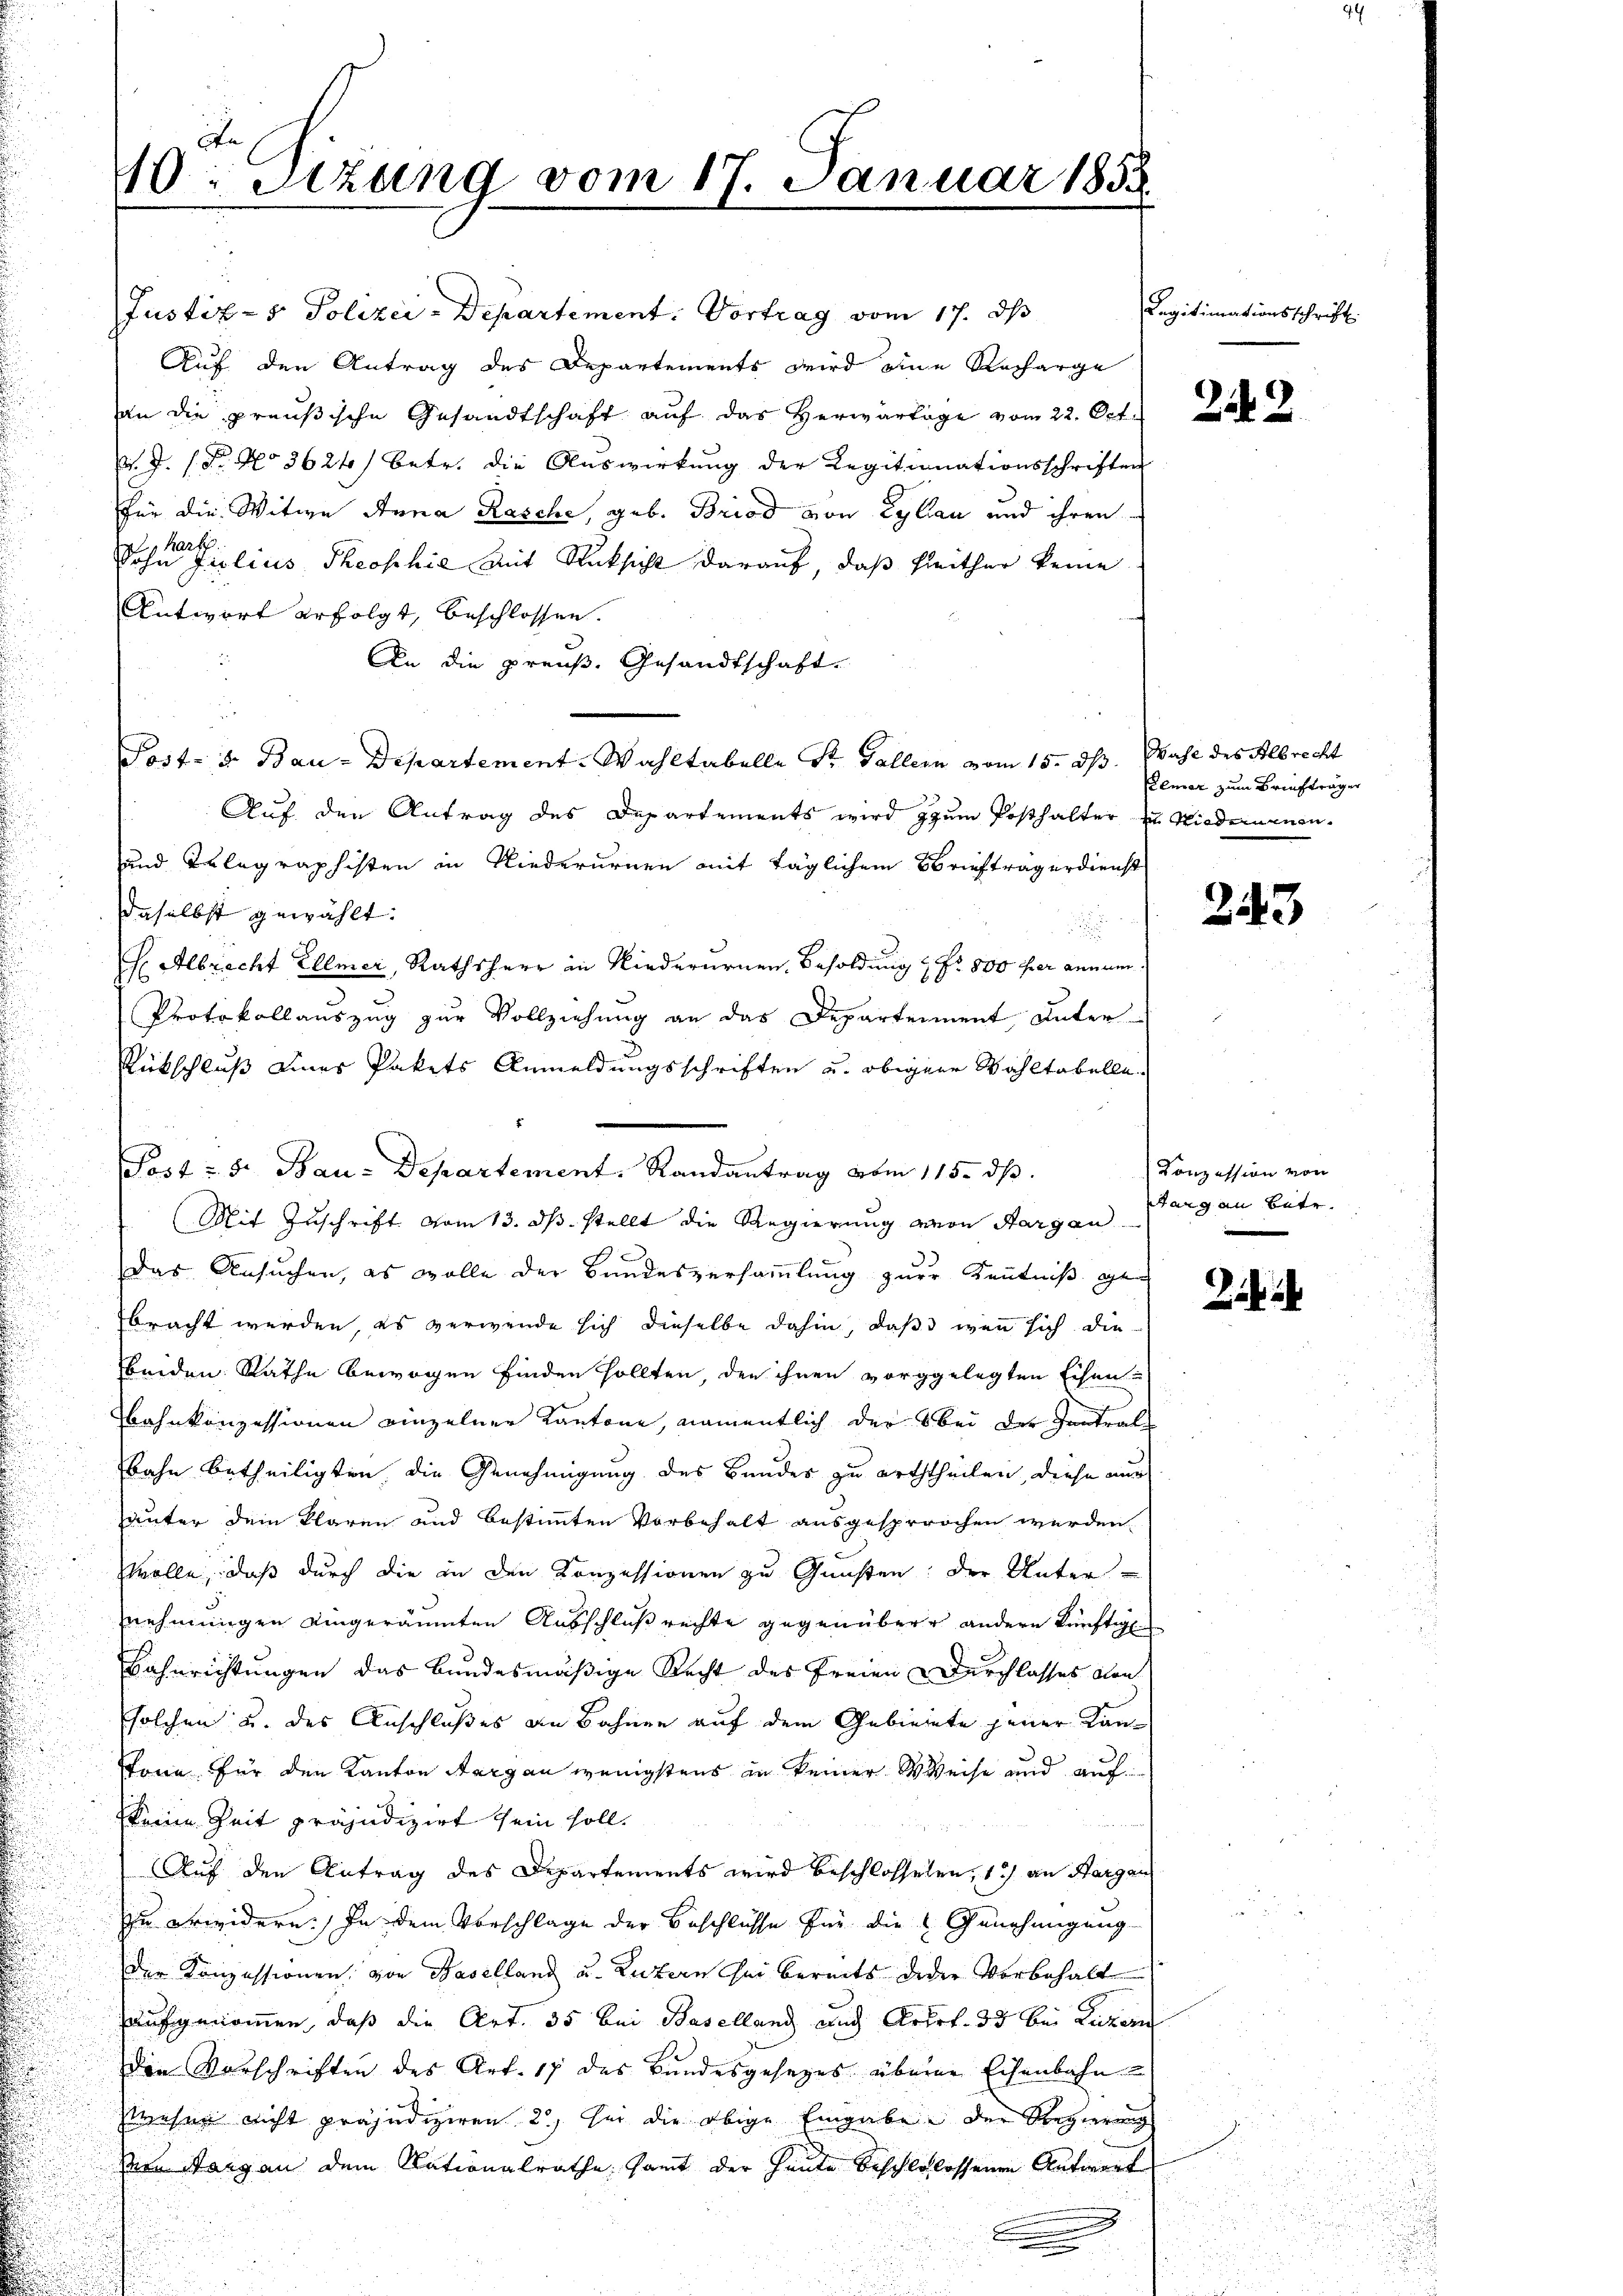
10: Stzung vom 17. Januar 1858.

Justiz- & Polizei-Departement. Vortrag vom 17. ds
Auf den Antrag des Departements wird eine Recharge
an die preußische Gesandtschaft auf das Herwartage vom 22. Oct.
B. J. P. No 3624) betr. die Auswirkung der Regitimationsschriften
für die Witwe Anna Rasche, geb. Briod von Lylian und ihren
Sohne filius Theophie mit Rücksicht darauf, daß Fleither keine
Antwort erfolgt, beschlossen.
An die preuß. Gesandtschaft
Post- u. Bau-Departement. Wahltabelle Sr. Gallern vom 15. ds. Wahl des Albrecht
Auf den Antrag des Departements wird zum Posthalter in Niedenenen
und Telegraphisten in Niederurnen mit täglichem Briefträgerdienst
daselbst gewählt:
 Albrecht Ellmer, Rathsherr in Niederurnen Besoldung & Fr. 800 per annum
Protokollauszug zur Vollziehung an das Departement unter
Rückschluß eines Pakets Anmeldungsschriften u. obiger Wahltabelle¬
Post v. 8. Bau-Departement. Randantrag vom 115. ds.
Mit Zuschrift vom 13. ds. stellt die Regierung von Aargau
das Ansuchen, es wolle der Bundesversammlung zur Kenntniß gebracht werden, es verwende sich dieselbe dahin, daß wenn sich die
Weiden Rathe bewogen finden sollten, den ihnen vorgelegten Eisen-
bahnkonzessionen einzelner Kantone, namentlich der bei der Zentralbahn betheiligten die Genehmigung des Bundes zu erththeilen, diese nur
häuter dem klaren und bestimmten Vorbehalt ausgesprochen werden
wolle, daß durch die in den Konzessionen zu Gunsten der Unter-
nehmungen eingeräumten Ausschluß rechte gegenüber andern künftige
Bahnrichtungen das Bundesmäßige Recht des Freien Durchlasses oben
solchen u. des Anschlußes an Bahnen auf dem Gebierete jener Kantonn für den Kanton Aargau wenigstens in keiner Weise und aufkeine Zeit präjudizirt sein soll.
Auf den Antrag des Departements wird beschlossenen, 1) an Hargau
zu erwidern. In dem Vorschlage der Beschlüsse für die Genehmigung
der Konzessionen, von Baselland u. Luzern sei bereits deder Vorbehalt
haufgenommen, daß die Art. 35 bei Baselland auch Artrt. 33 bei Luzern
Den Vorschriften des Art. 17 des Bundesgesezes überne Eisenbahn
zwesen nicht präjudiziren 2, sei die obige Eingabe der Regierung
Von Margau dem Nationalrathe, samt der heute beschlolossenen Antwort

Legitimationsschrift.

242

Remar zum Briefträger

243

Conzession von
Sarg an Betr.